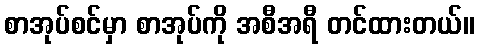
စာအုပ်စင်မှာ စာအုပ်ကို အစီအရီ တင်ထားတယ်။